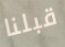
قبلنا